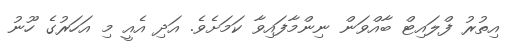
އިތުރު ފްލައިޓް ބާއްވަން ނިންމާފައިވާ ކަމަށެވެ. އަދި އެއީ މި އަހަރުގެ ހޫނު